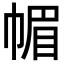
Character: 𢃼